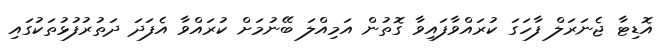
އޮޑިޓާ ޖެނަރަލް ފާހަގަ ކުރައްވާފައިވާ ގޮތުން އަމިއްލަ ބޭނުމަށް ކުރައްވާ އެފަދަ ދަތުރުފުޅުތަކުގައި